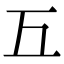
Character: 𢀑